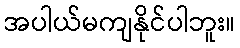
အပါယ်မကျနိုင်ပါဘူး။